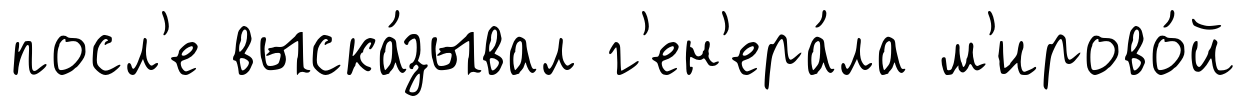
посл'е выска́зывал г'ен'ера́ла м'ирово́й